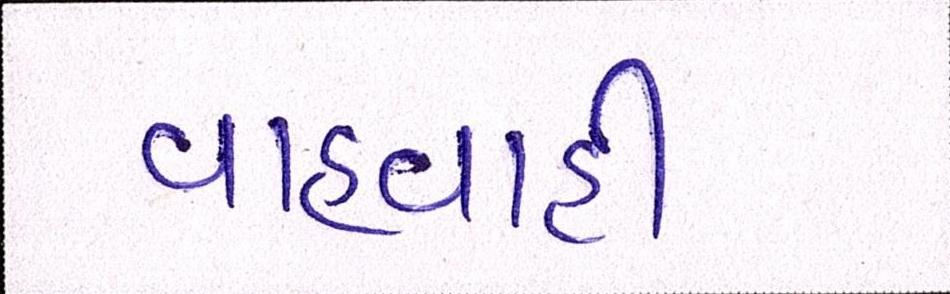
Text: વાહવાહી